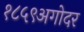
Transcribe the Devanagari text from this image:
१८५९अगोदर